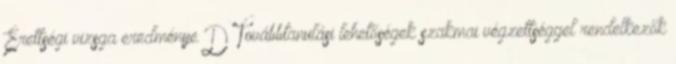
Érettségi vizsga eredménye D Továbbtanulási lehetőségek szakmai végzettséggel rendelkezők